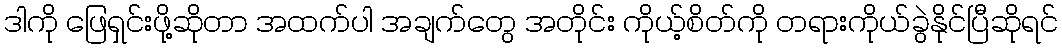
ဒါကို ဖြေရှင်းဖို့ဆိုတာ အထက်ပါ အချက်တွေ အတိုင်း ကိုယ့်စိတ်ကို တရားကိုယ်ခွဲနိုင်ပြီဆိုရင်